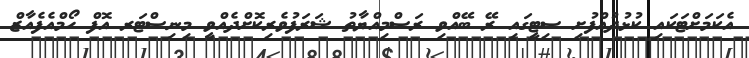
އެކަމަށްޓަކައި ކުޅުދުއްފުށި ސިޓީގައި ރޭ ބޭއްވި ރަސްމިއްޔާތު ޝަރަފުވެރިކޮށްދެއްވީ މިނިސްޓަރ އޮފް ހޯމްއެފެއާޒް